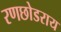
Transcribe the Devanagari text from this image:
रणछोडराय